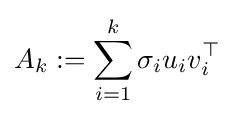
A_{k}:=\sum _{i=1}^{k}\sigma _{i}u_{i}v_{i}^{\top }